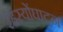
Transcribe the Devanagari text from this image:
रहस्योंघाटन